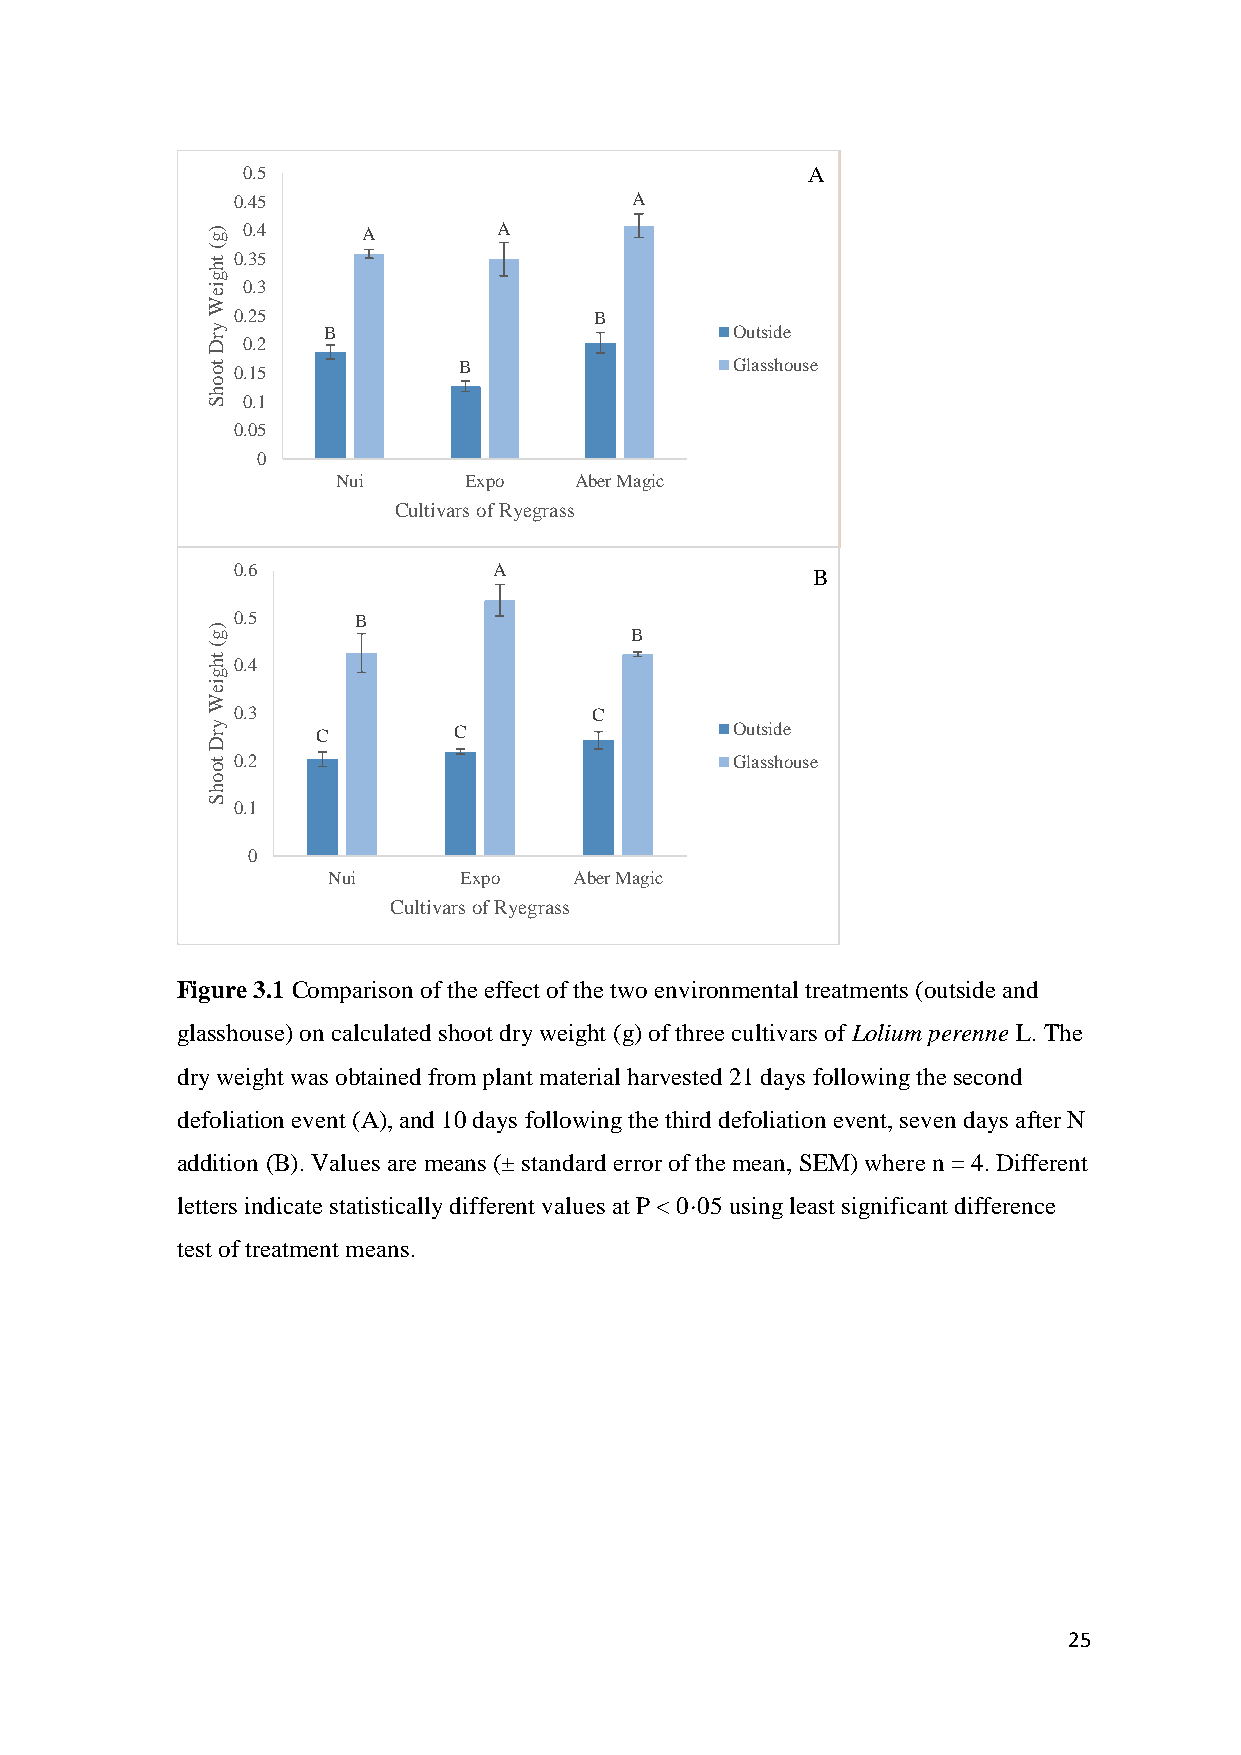
0.5                                  A
 0.45                       A
 ) 0.4     A        A
 g
 (
 th 0.35
 g
 ie 0.3
 W
 0.25                    B
 y      B                          Outside
 r D 0.2
 to 0.15         B                 Glasshouse
 o
 h
 S 0.1
 0.05
 0
 Nui      Expo   Aber Magic
 Cultivars of Ryegrass
 0.6               A                    B
 ) g
 0.5      B
 B
 (
 th 0.4
 g
 ie
 W
 0.3                     C
 y r    C        C                 Outside
 D
 to 0.2                            Glasshouse
 o
 h
 S
 0.1
 0
 Nui     Expo    Aber Magic
 Cultivars of Ryegrass
 Figure 3.1 Comparison of the effect of the two environmental treatments (outside and
 glasshouse) on calculated shoot dry weight (g) of three cultivars of Lolium perenne L. The
 dry weight was obtained from plant material harvested 21 days following the second
 defoliation event (A), and 10 days following the third defoliation event, seven days after N
 addition (B). Values are means (± standard error of the mean, SEM) where n = 4. Different
 letters indicate statistically different values at P < 0·05 using least significant difference
 test of treatment means.
 25